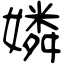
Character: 嫾